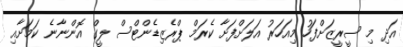
އަދި މި ސީރީޒަށްފަހު މިއަހަރު އަލަށްފަށާ ކެރަމް ޕްރެޒިޑެންޓްސް ލީގް އޮންނާނެ ކަމަށާއި